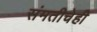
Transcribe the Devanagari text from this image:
संमतीचेही